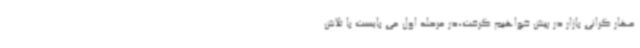
مهار گرانی بازار در پیش خواهیم گرفت،در مرحله اول می بایست با تلاش